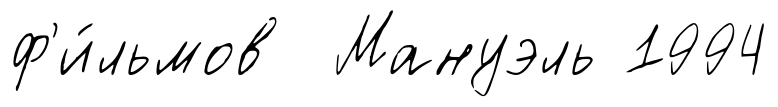
ф'и́льмов Мануэль 1994